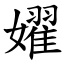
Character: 嬥